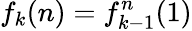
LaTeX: f_{k}(n)=f_{k-1}^{n}(1)